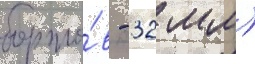
борто́в - 32 мм)